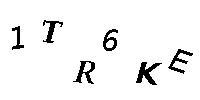
1TR6KE